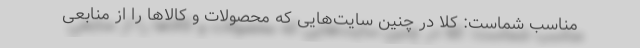
مناسب شماست: کلا در چنین سایت‌هایی که محصولات و کالاها را از منابعی